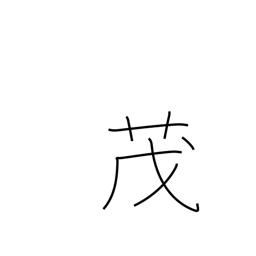
Meaning: grow thick